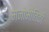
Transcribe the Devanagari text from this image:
मनोभौतिकी